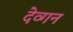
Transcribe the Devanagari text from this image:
देव्गन